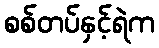
စစ်တပ်နှင့်ရဲက